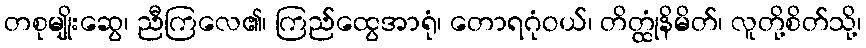
တစုမျိုးဆွေ၊ ညီကြလေ၏၊ ကြည်ထွေအာရုံ၊ တောရဂုံဝယ်၊ တိတ္ထုံနိမိတ်၊ လူတို့စိတ်သို့၊